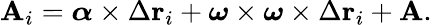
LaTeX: \mathbf{A}_{i}={\boldsymbol{\alpha}}\times\Delta\mathbf{r}_{i}+{\boldsymbol{\omega}}\times{\boldsymbol{\omega}}\times\Delta\mathbf{r}_{i}+\mathbf{A}.